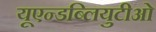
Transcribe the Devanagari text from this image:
यूएन्डब्लियुटीओ